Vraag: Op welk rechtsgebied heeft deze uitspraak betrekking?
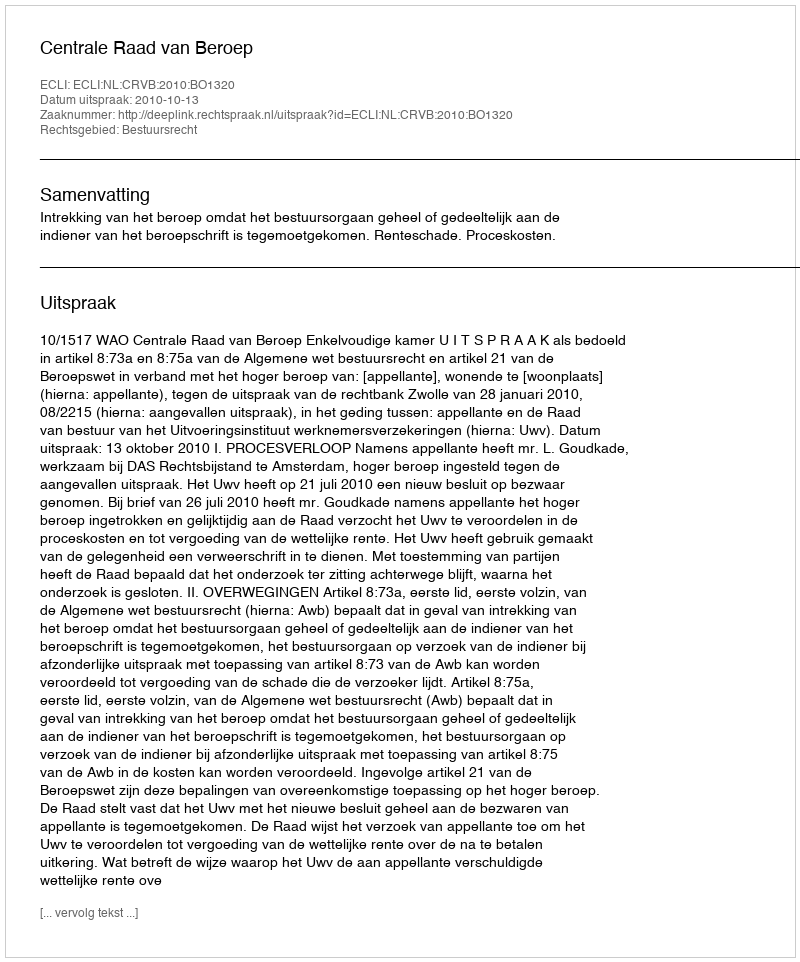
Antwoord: Bestuursrecht